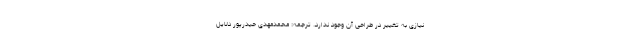
نیازی به تغییر در طراحی آن وجود ندارد. ترجمه: محمدمهدی حیدرپور دلایل